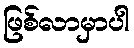
ဖြစ်လာမှာပါ